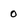
Character: o